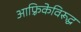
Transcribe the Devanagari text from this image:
आफ़्रिकेविरूद्ध